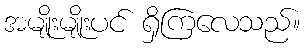
အမျိုးမျိုးပင် ရှိကြလေသည်။